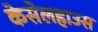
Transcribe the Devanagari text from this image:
केसेलहाउस